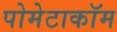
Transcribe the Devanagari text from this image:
पोमेटाकॉम